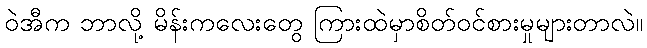
ဝဲအီက ဘာလို့ မိန်းကလေးတွေ ကြားထဲမှာစိတ်ဝင်စားမှုများတာလဲ။